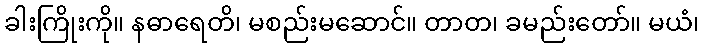
ခါးကြိုးကို။ နဓာရေတိ၊ မစည်းမဆောင်။ တာတ၊ ခမည်းတော်။ မယံ၊